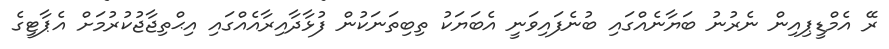
ރޭ އެމްޑީޕިއިން ނެރުނު ބަޔާނެއްގައި ބުނެފައިވަނީ އެބަޔަކު ތިބިތަނަކުން ފުޅާދާއިރާއެއްގައި އިޙްތިޖާޖުކުރުމަށް އެޕާޓީގެ